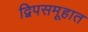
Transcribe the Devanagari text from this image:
द्विपसमूहात